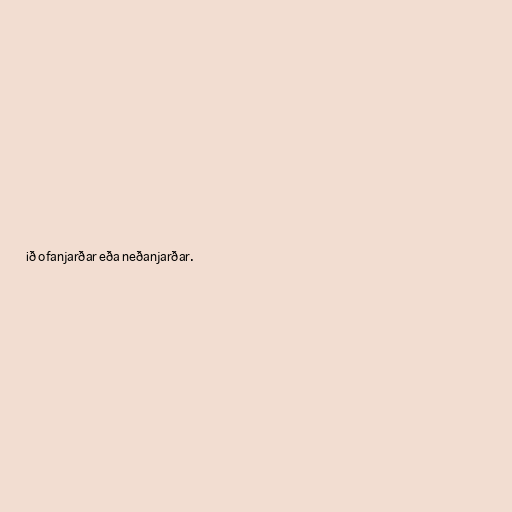
ið ofanjarðar eða neðanjarðar.